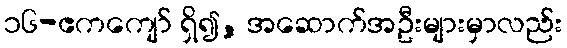
၁၆-ဧကကျော် ရှိ၍, အဆောက်အဦးများမှာလည်း